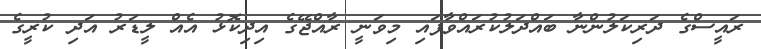
ރައީސްގެ ދަރިކަލުންނާ ބައްދަލުކުރައްވާފައި މިވަނީ ރާއްޖޭގެ އިދިކޮޅު އެއް ލީޑަރު އަދި ކުރީގެ